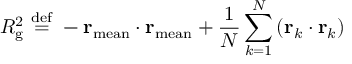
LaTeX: R _ { \mathrm { g } } ^ { 2 } \ { \stackrel { \mathrm { d e f } } { = } } \ - \mathbf { r } _ { \mathrm { m e a n } } \cdot \mathbf { r } _ { \mathrm { m e a n } } + { \frac { 1 } { N } } \sum _ { k = 1 } ^ { N } \left( \mathbf { r } _ { k } \cdot \mathbf { r } _ { k } \right)